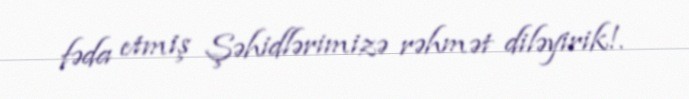
fəda etmiş Şəhidlərimizə rəhmət diləyirik!.